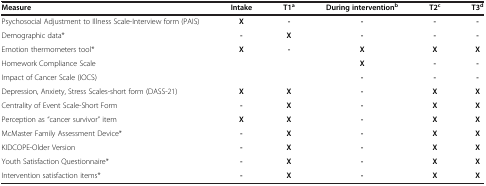
| Measure | Intake | T1a | During interventionb | T2c | T3d |
 | --- | --- | --- | --- | --- | --- |
 | Psychosocial Adjustment to Illness Scale-Interview form (PAIS) | X | - | - | - | - |
 | Demographic data* | - | X | - | - | - |
 | Emotion thermometers tool* | X | - | X | X | X |
 | Homework Compliance Scale |  |  | X | - | - |
 | Impact of Cancer Scale (IOCS) |  |  | - | - | - |
 | Depression, Anxiety, Stress Scales-short form (DASS-21) | X | X | - | X | X |
 | Centrality of Event Scale-Short Form | - | X | - | X | X |
 | Perception as “cancer survivor” item | X | X | - | X | X |
 | McMaster Family Assessment Device* | - | X | - | X | X |
 | KIDCOPE-Older Version | - | X | - | X | X |
 | Youth Satisfaction Questionnaire* | - | X | - | X | X |
 | Intervention satisfaction items* | - | X | - | X | X |